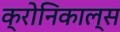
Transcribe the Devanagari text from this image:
क्रोनिकाल्स